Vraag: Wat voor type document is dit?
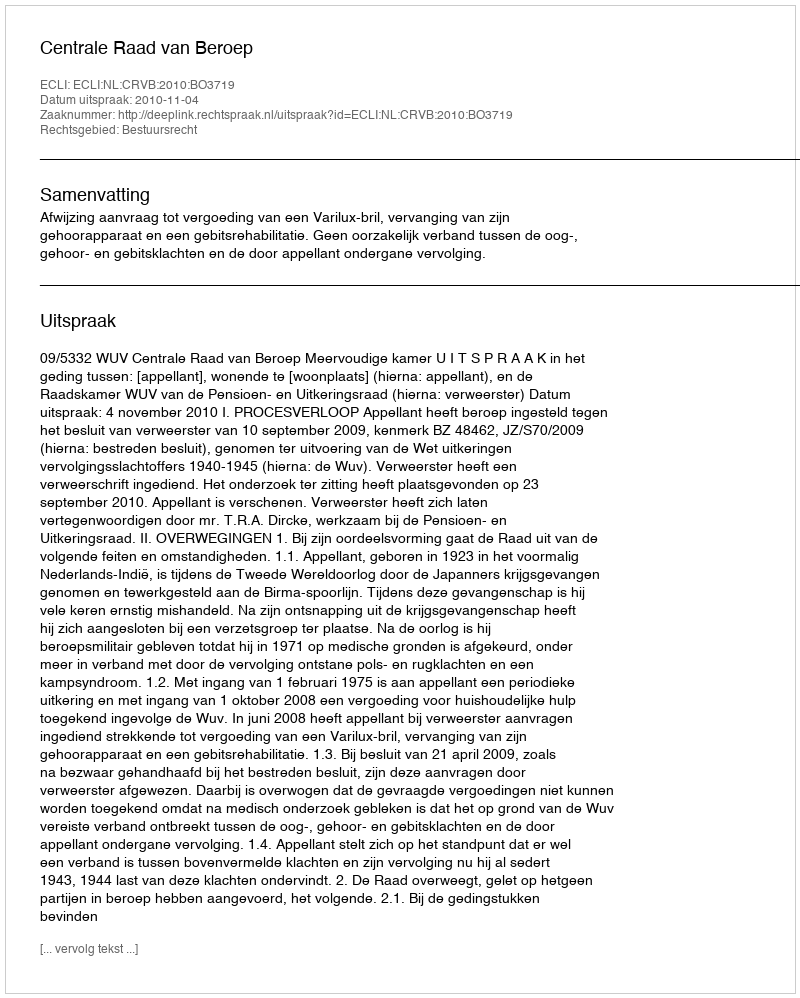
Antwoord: Uitspraak